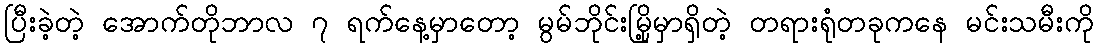
ပြီးခဲ့တဲ့ အောက်တိုဘာလ ၇ ရက်နေ့မှာတော့ မွမ်ဘိုင်းမြို့မှာရှိတဲ့ တရားရုံတခုကနေ မင်းသမီးကို